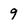
Character: 9